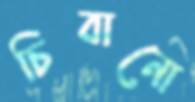
চিবানো